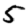
Digit: 5